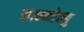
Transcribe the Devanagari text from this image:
काक्कोम्बु